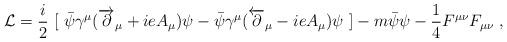
LaTeX: \begin{align*}{\cal{L}}={i\over 2}\ [\ {\bar{\psi}}\gamma^\mu(\overrightarrow{\partial}{}_\mu +ieA_\mu )\psi-{\bar{\psi}}\gamma^\mu(\overleftarrow{\partial}{}_\mu -ieA_\mu )\psi \ ]-m{\bar{\psi}}\psi-{1\over 4}F^{\mu\nu}F_{\mu\nu} \ ,\end{align*}